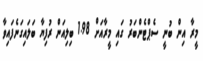
މީރާ އިން ބުނީ ސެޕްޓެންބަރު ގައި މީރާއަށް 1.98 ބިލިއަން ރުފިޔާ ބަލައިގަނެފައިވާ